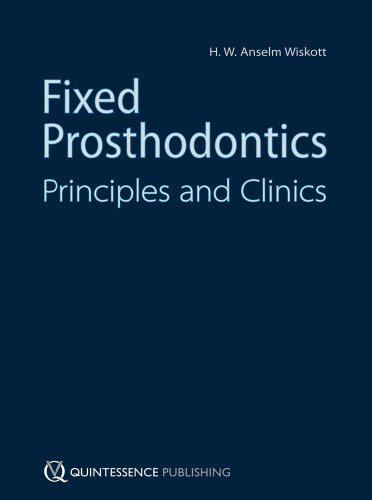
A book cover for Fixed Prosthodontics: Principles and Clinics; H. W. Anselm Wiskott; Medical Books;